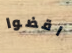
اقضوا